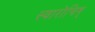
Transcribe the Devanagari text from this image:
स्वारोचिष्‌